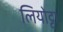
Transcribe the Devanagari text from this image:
लियोट्टा